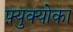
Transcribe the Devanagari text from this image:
फ़्युक्योका